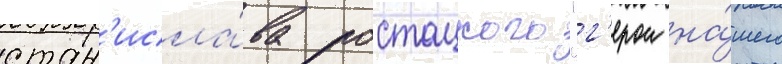
стан'исла́ва ростоцкого "г'ерои на́шего